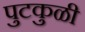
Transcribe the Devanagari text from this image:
पुटकुळी